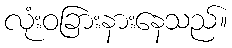
လုံးဝခြားနားနေသည်။